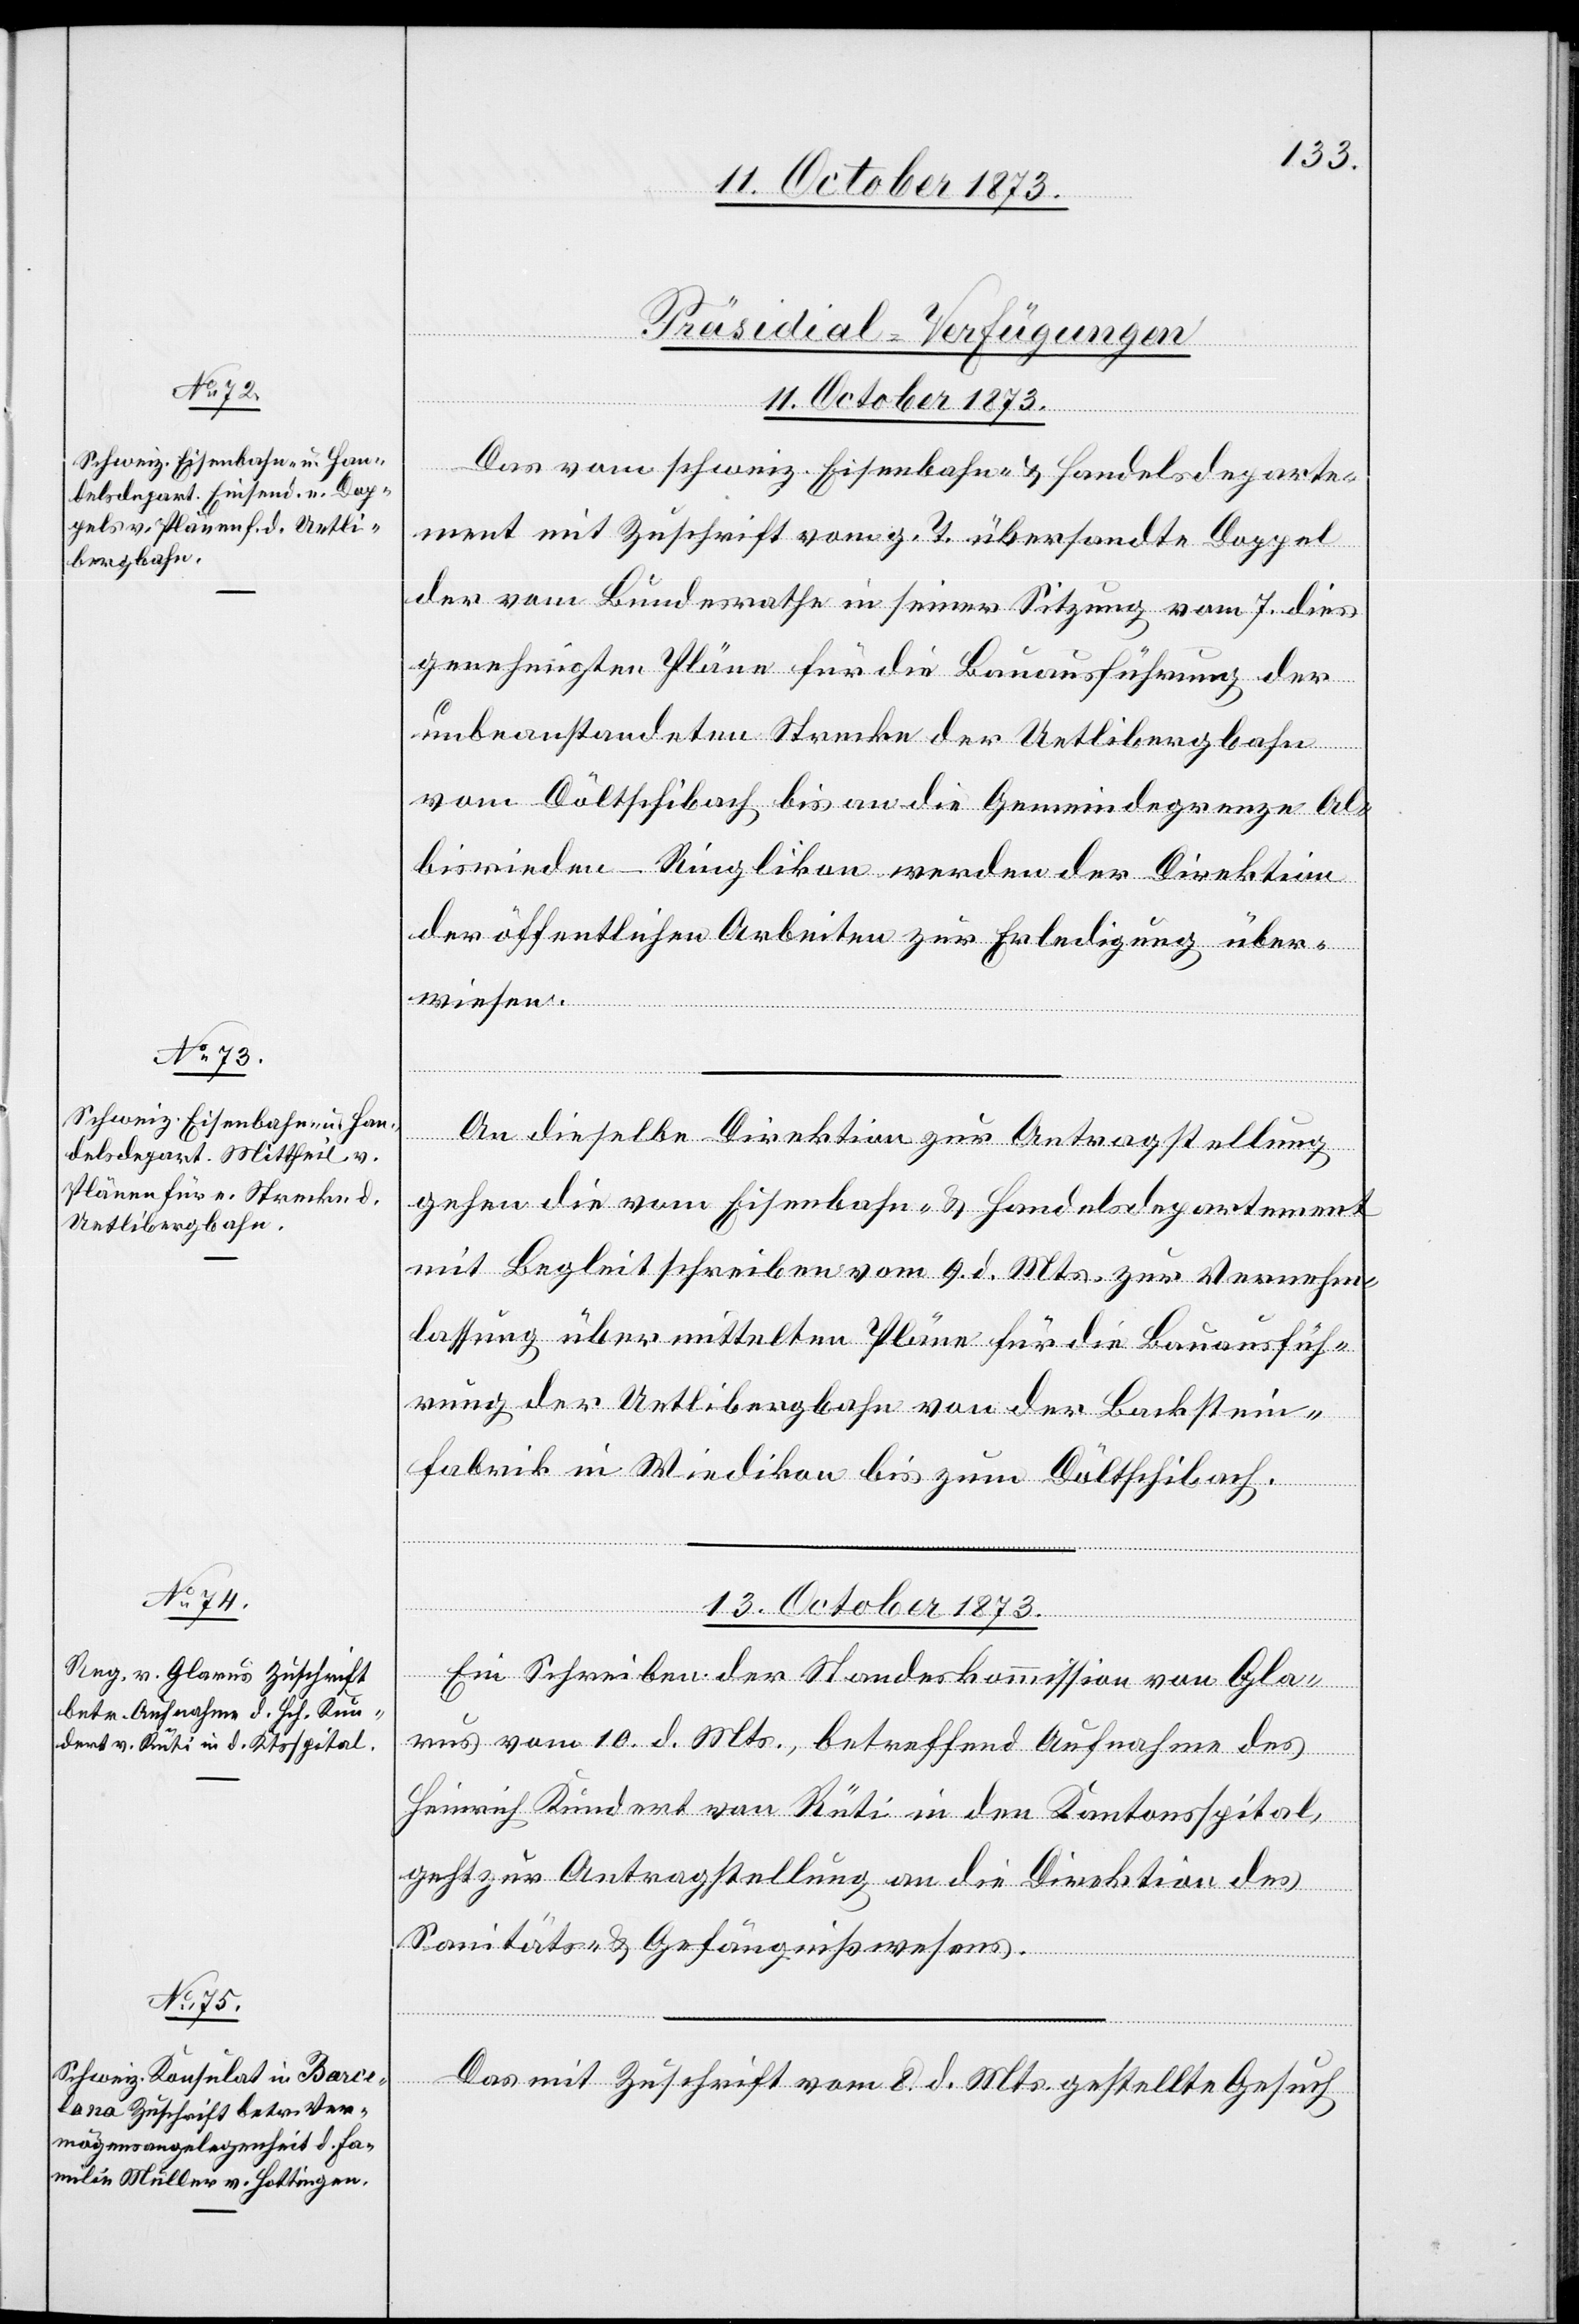
11. October 1873.]
[Präsidial-Verfügungen
11. October 1873.
Das vom schweiz. Eisenbahn- & Handelsdeparte¬
ment mit Zuschrift vom g. T. übersandte Doppel
der vom Bundesrathe in seiner Sitzung vom 7. dies
genehmigten Pläne für die Bauausführung der
unbeanstandeten Strecke der Uetlibergbahn
vom Döltschibach bis an die Gemeindegrenze Al¬
bisrieden-Ringlikon werden der Direktion
der öffentlichen Arbeiten zur Erledigung über¬
wiesen.
An dieselbe Direktion zur Antragstellung
gehen die vom Eisenbahn- & Handelsdepartement
mit Begleitschreiben vom 9. d. Mts. zur Vernehm¬
lassung über mittelten Pläne für die Bauausfüh¬
rung der Uetlibergbahn von der Backstein¬
fabrik in Wiedikon bis zum Döltschibach.
13. October 1873.]
Ein Schreiben der Standeskommission von Gla¬
rus vom 10. d. Mts., betreffend Aufnahme des
Heinrich Kundert von Rüti in den Kantonsspital,
geht zur Antragstellung an die Direktion des
Sanitäts- & Gefängnißwesens.
Das mit Zuschrift vom 8. d. Mts. gestellte Gesuch